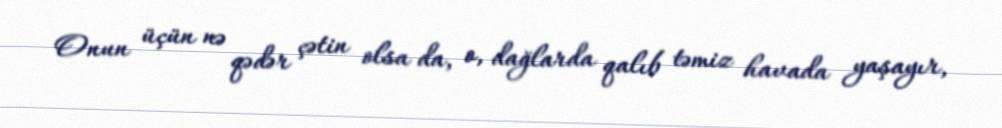
Onun üçün nə qədər çətin olsa da, o, dağlarda qalıb təmiz havada yaşayır,